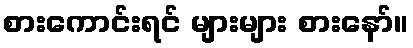
စားကောင်းရင် များများ စားနော်။